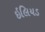
ઇલિયડ